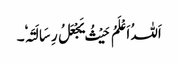
اَللہُ اَعْلَمُ حَیْثُ یَجْعَلُ رِسَالَتَہٗ۔